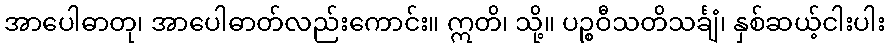
အာပေါဓာတု၊ အာပေါဓာတ်လည်းကောင်း။ ဣတိ၊ သို့။ ပဉ္စဝီသတိသင်္ချံ၊ နှစ်ဆယ့်ငါးပါး